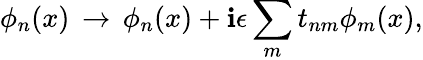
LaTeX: \phi_{n}(x)\, \rightarrow\, \phi_{n}(x)+\mathbf{i}\epsilon\sum_{m}t_{nm}\phi_{m}(x),